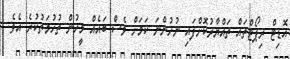
އޮޑިޓް ރިޕޯޓްތައް ތައްޔާރުކޮށްފައި ނުހުންނަ ކަމަށް ވެސް ބައެއް މީހުން ތުހުމަތުކުރެ އެވެ.